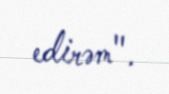
edirəm".